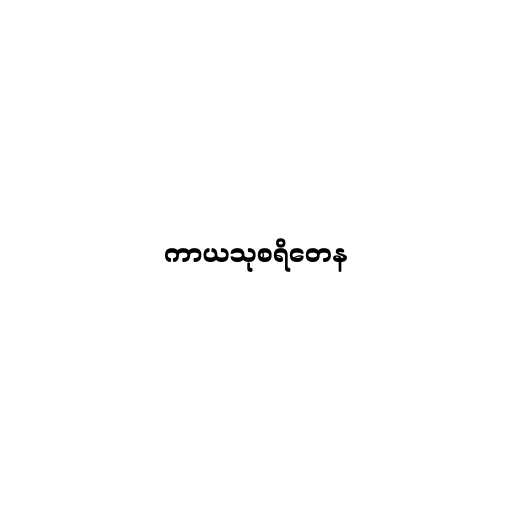
ကာယသုစရိတေန